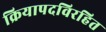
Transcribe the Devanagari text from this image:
क्रियापदविरहित